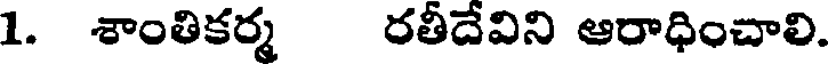
1. శాంతికర్మ రతీదేవిని ఆరాధించాలి.